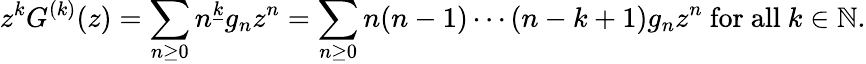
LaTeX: z^{k}G^{(k)}(z)=\sum_{n\geq 0}n^{\underline{{k}}}g_{n}z^{n}=\sum_{n\geq 0}n(n-1)\dotsb(n-k+1)g_{n}z^{n}{\mathrm{~for~all~}}k\in\mathbb{N}.